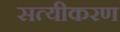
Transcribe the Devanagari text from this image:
सत्यीकरण